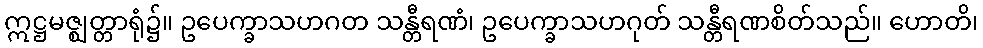
ဣဋ္ဌမဇ္ဈတ္တာရုံ၌။ ဥပေက္ခာသဟဂတ သန္တီရဏံ၊ ဥပေက္ခာသဟဂုတ် သန္တီရဏစိတ်သည်။ ဟောတိ၊